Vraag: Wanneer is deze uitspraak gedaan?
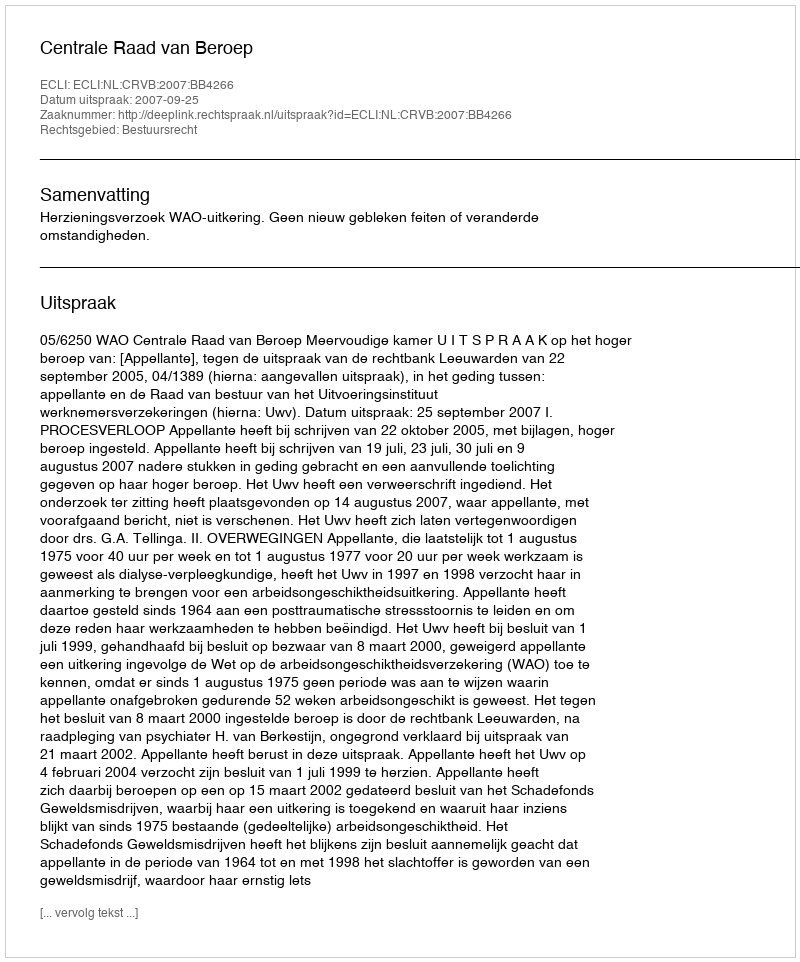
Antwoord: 2007-09-25